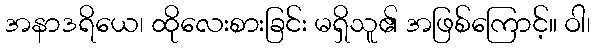
အနာဒရိယေ၊ ထိုလေးစားခြင်း မရှိသူ၏ အဖြစ်ကြောင့်။ ဝါ၊